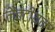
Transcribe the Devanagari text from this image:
नैबटीयन